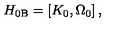
H _ { 0 \mathrm { B } } = \left[ K _ { 0 } , \Omega _ { 0 } \right] ,